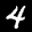
Label: 4